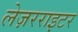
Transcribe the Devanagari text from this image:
लेज़रराइटर